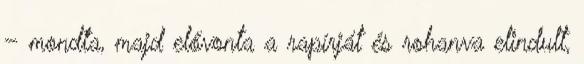
– mondta, majd elővonta a rapírját és rohanva elindult,